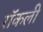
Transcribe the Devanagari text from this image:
रॉकली